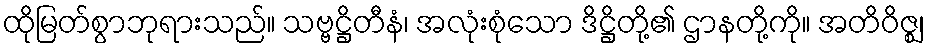
ထိုမြတ်စွာဘုရားသည်။ သဗ္ဗဋ္ဌိတီနံ၊ အလုံးစုံသော ဒိဋ္ဌိတို့၏ ဌာနတို့ကို။ အတိဝိဇ္ဈ၊